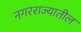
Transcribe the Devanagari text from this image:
नगरराज्यातील